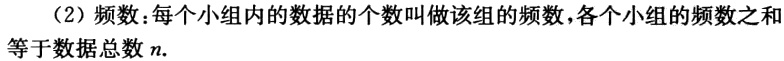
（2）频数：每个小组内的数据的个数叫做该组的频数，各个小组的频数之和等于数据总数\(n\).